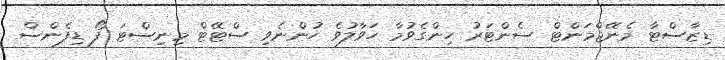
ޑިޒާސްޓާ މެނޭޖްމަންޓް ސެންޓަރު ހިންގެވުމާ ހަވާލުވެ ހުންނެވި ސްޓޭޓް މިނިސްޓަ ފޯ ޑިފެންސް